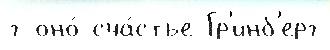
г оно́ сча́стье Гр'инб'ерг